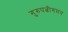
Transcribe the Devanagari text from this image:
गुरुपत्नीगमन